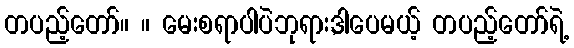
တပည့်တော်။ ။ မေးစရာပါပဲဘုရား,ဒါပေမယ့် တပည့်တော်ရဲ့